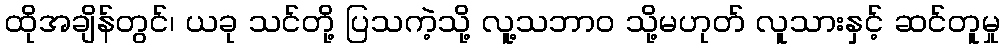
ထိုအချိန်တွင်၊ ယခု သင်တို့ ပြသကဲ့သို့ လူ့သဘာဝ သို့မဟုတ် လူသားနှင့် ဆင်တူမှု